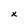
Character: X